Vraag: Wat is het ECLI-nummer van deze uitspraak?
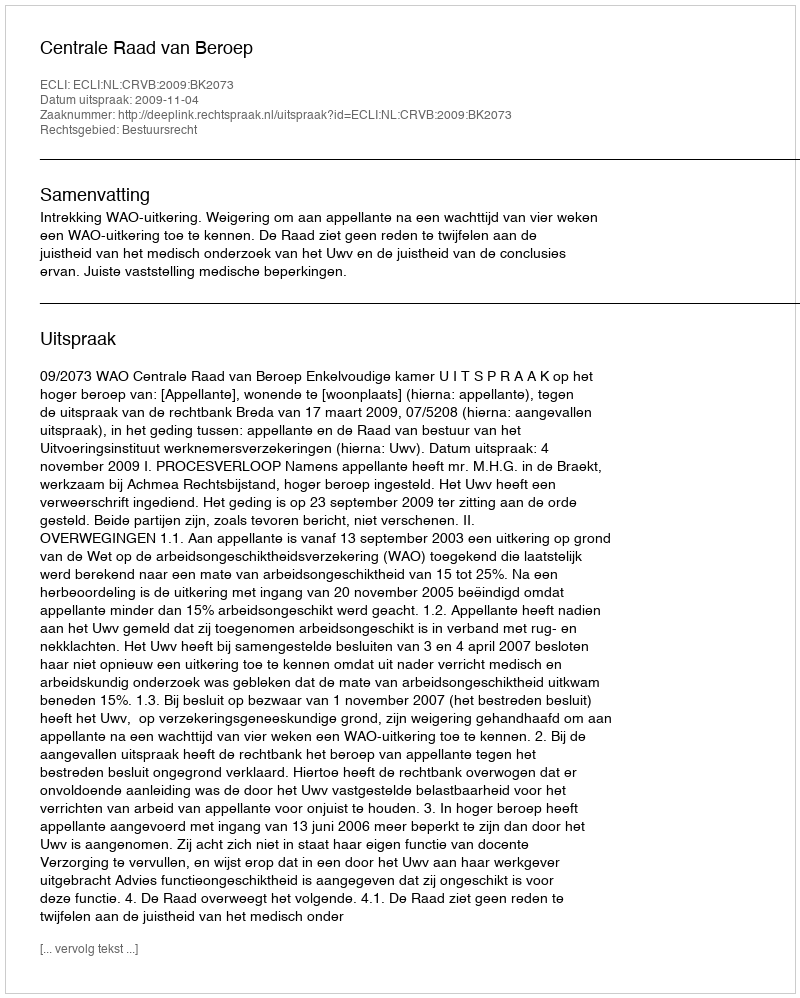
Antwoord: ECLI:NL:CRVB:2009:BK2073